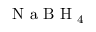
\mathrm { ~ N ~ a ~ B ~ H ~ } _ { 4 }